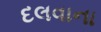
દલવાના